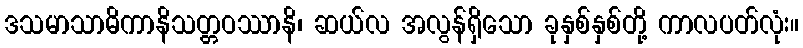
ဒသမာသာဓိကာနိသတ္တဝဿာနိ၊ ဆယ်လ အလွန်ရှိသော ခုနှစ်နှစ်တို့ ကာလပတ်လုံး။